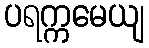
ပရက္ကမေယျ